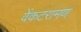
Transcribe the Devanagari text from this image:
वेंकटरामण